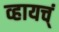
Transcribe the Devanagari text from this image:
व्हायच्ं